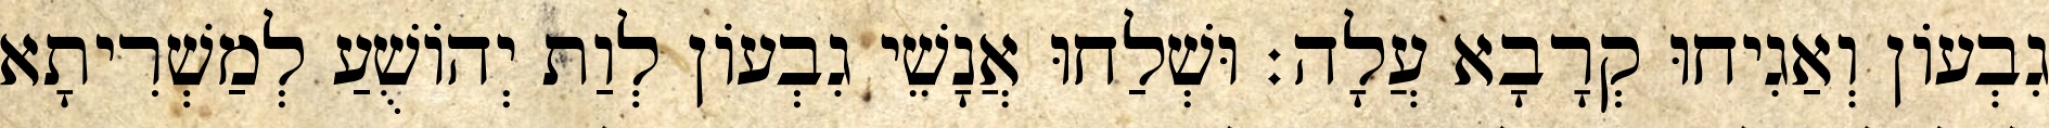
גִבְעוֹן וְאַגִיחוּ קְרָבָא עֲלָה׃ וּשְׁלַחוּ אֲנָשֵׁי גִבְעוֹן לְוַת יְהוֹשֻׁעַ לְמַשְׁרִיתָא